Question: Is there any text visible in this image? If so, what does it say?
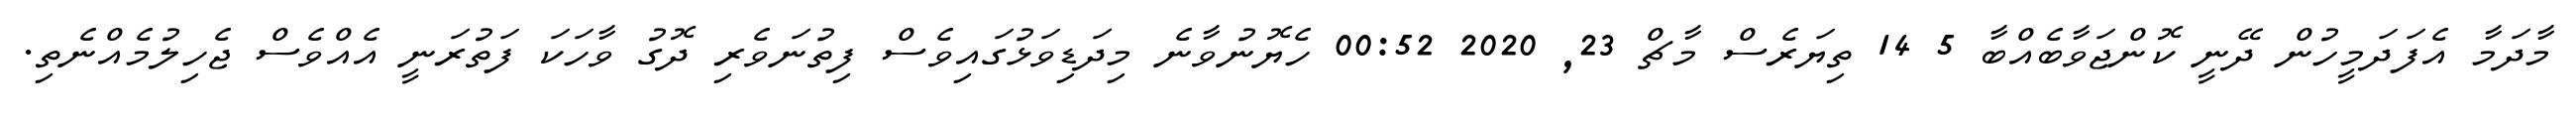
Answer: މާދަމާ އެފަދަމީހުން ދޭނީ ކޮންޖަވާބެއްބާ 5 14 ތިޔަރެސް މާޗް 23, 2020 00:52 ހެޔޮނުވާނެ މިދަޑިވަޅުގައިވެސް ފިތުނަވެރި ދޮގު ވާހަކަ ފަތުރަނީ އެއްވެސް ޖެހިލުމެއްނެތި.